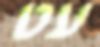
עט